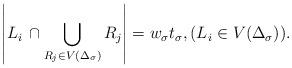
\begin{align*}\left\lvert L_i \,\cap \bigcup_{R_j\in V(\Delta_\sigma)} R_j\right\rvert = w_\sigma t_\sigma,(L_i\in V(\Delta_\sigma)).\end{align*}